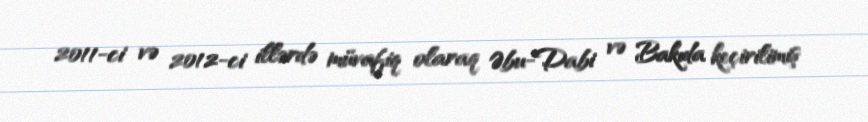
2011-ci və 2012-ci illərdə müvafiq olaraq Əbu-Dabi və Bakıda keçirilimiş